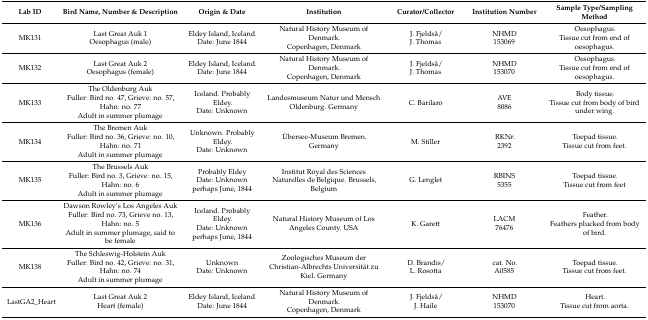
<table><thead><tr><td><b>Lab ID</b></td><td><b>Bird Name, Number &amp; Description</b></td><td><b>Origin &amp; Date</b></td><td><b>Institution</b></td><td><b>Curator/Collector</b></td><td><b>Institution Number</b></td><td><b>Sample Type/Sampling Method</b></td></tr></thead><tbody><tr><td>MK131</td><td>Last Great Auk 1Oesophagus (male)</td><td>Eldey Island, Iceland.Date: June 1844</td><td>Natural History Museum of Denmark.Copenhagen, Denmark</td><td>J. Fjeldså/J. Thomas</td><td>NHMD 153069</td><td>Oesophagus.Tissue cut from end of oesophagus.</td></tr><tr><td>MK132</td><td>Last Great Auk 2Oesophagus (female)</td><td>Eldey Island, Iceland.Date: June 1844</td><td>Natural History Museum of Denmark.Copenhagen, Denmark</td><td>J. Fjeldså/J. Thomas</td><td>NHMD 153070</td><td>Oesophagus.Tissue cut from end of oesophagus.</td></tr><tr><td>MK133</td><td>The Oldenburg AukFuller: Bird no. 47, Grieve: no. 57, Hahn: no. 77Adult in summer plumage</td><td>Iceland. Probably Eldey.Date: Unknown</td><td>Landesmuseum Natur und Mensch Oldenburg. Germany</td><td>C. Barilaro</td><td>AVE 8086</td><td>Body tissue.Tissue cut from body of bird under wing.</td></tr><tr><td>MK134</td><td>The Bremen AukFuller: Bird no. 36, Grieve: no. 10, Hahn: no. 71Adult in summer plumage</td><td>Unknown. Probably Eldey.Date: Unknown</td><td>Übersee-Museum Bremen.Germany</td><td>M. Stiller</td><td>RKNr. 2392</td><td>Toepad tissue.Tissue cut from feet.</td></tr><tr><td>MK135</td><td>The Brussels AukFuller: Bird no. 3, Grieve: no. 15, Hahn: no. 6Adult in summer plumage</td><td>Probably Eldey Date: Unknown perhaps June, 1844</td><td>Institut Royal des Sciences Naturelles de Belgique. Brussels, Belgium</td><td>G. Lenglet</td><td>RBINS 5355</td><td>Toepad tissue.Tissue cut from feet</td></tr><tr><td>MK136</td><td>Dawson Rowley’s Los Angeles AukFuller: Bird no. 73, Grieve no. 13, Hahn: no. 5Adult in summer plumage, said to be female</td><td>Iceland. Probably Eldey.Date: Unknown perhaps June, 1844</td><td>Natural History Museum of Los Angeles County. USA</td><td>K. Garett</td><td>LACM 76476</td><td>Feather.Feathers plucked from body of bird.</td></tr><tr><td>MK138</td><td>The Schleswig-Holstein AukFuller: Bird no. 42, Grieve: no. 31, Hahn: no. 74Adult in summer plumage</td><td>UnknownDate: Unknown</td><td>Zoologisches Museum der Christian-Albrechts Universität zu Kiel. Germany</td><td>D. Brandis/L. Rosotta</td><td>cat. No. A0585</td><td>Toepad tissue.Tissue cut from feet.</td></tr><tr><td>LastGA2_Heart</td><td>Last Great Auk 2Heart (female)</td><td>Eldey Island, Iceland.Date: June 1844</td><td>Natural History Museum of Denmark.Copenhagen, Denmark</td><td>J. Fjeldså/J. Haile</td><td>NHMD 153070</td><td>Heart.Tissue cut from aorta.</td></tr></tbody></table>